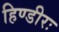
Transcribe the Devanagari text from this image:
हिण्डीरः